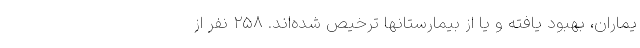
یماران، بهبود یافته و یا از بیمارستانها ترخیص شده‌اند. ۲۵۸ نفر از